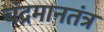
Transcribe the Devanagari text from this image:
चंद्रमानतंत्र